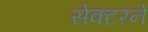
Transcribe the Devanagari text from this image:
सेक्टरने